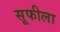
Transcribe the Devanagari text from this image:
सूफीला